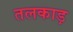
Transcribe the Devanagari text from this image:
तलकाड़